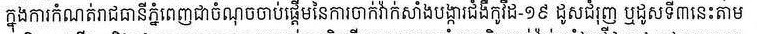
ក្នុងការកំណត់រាជធានីភ្នំពេញជាចំណុចចាប់ផ្ដើមនៃការចាក់វ៉ាក់សាំងបង្ការជំងឺកូវីដ-19 ដូសជំរុញ ឬដូសទី៣នេះតាម